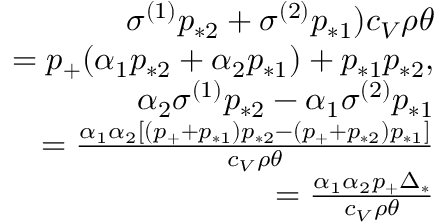
\begin{array} { r } { \sigma ^ { ( 1 ) } p _ { * 2 } + \sigma ^ { ( 2 ) } p _ { * 1 } ) c _ { V } \rho \theta } \\ { = p _ { + } ( \alpha _ { 1 } p _ { * 2 } + \alpha _ { 2 } p _ { * 1 } ) + p _ { * 1 } p _ { * 2 } , } \\ { \alpha _ { 2 } \sigma ^ { ( 1 ) } p _ { * 2 } - \alpha _ { 1 } \sigma ^ { ( 2 ) } p _ { * 1 } } \\ { = \frac { \alpha _ { 1 } \alpha _ { 2 } [ ( p _ { + } + p _ { * 1 } ) p _ { * 2 } - ( p _ { + } + p _ { * 2 } ) p _ { * 1 } ] } { c _ { V } \rho \theta } } \\ { = \frac { \alpha _ { 1 } \alpha _ { 2 } p _ { + } \Delta _ { * } } { c _ { V } \rho \theta } } \end{array}